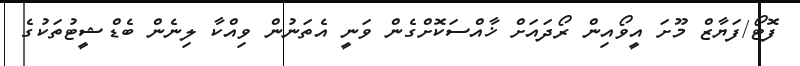
ފޮޓޯ/ފަޔާޒް މޫށަ އީވޯއިން ރޯދައަށް ޚާއްސަކޮށްގެން ވަނީ އެތަނުން ވިއްކާ ލިނެން ބެޑްޝީޓުތަކުގެ